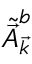
\tilde { \vec { A } } _ { \vec { k } } ^ { b }